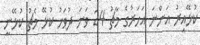
ކުޅޭއިރު އަންނަ އަހަރުގެ މާޗު 24 ވަނަ ދުވަހު ކުޅޭ މެޗު ކުޅޭނީ